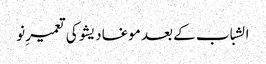
الشباب کے بعد موغادیشو کی تعمیرِ نو